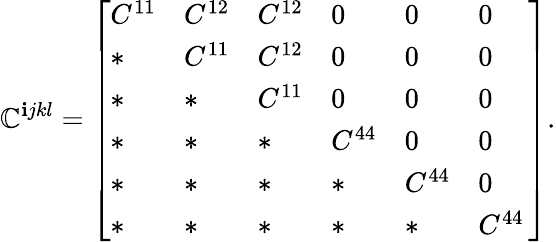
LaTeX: \mathbb{C}^{\mathbf{i}jkl}=\left[\begin{array}{llllll}{C^{11}}&{C^{12}}&{C^{12}}&{0}&{0}&{0}\\ {*}&{C^{11}}&{C^{12}}&{0}&{0}&{0}\\ {*}&{*}&{C^{11}}&{0}&{0}&{0}\\ {*}&{*}&{*}&{C^{44}}&{0}&{0}\\ {*}&{*}&{*}&{*}&{C^{44}}&{0}\\ {*}&{*}&{*}&{*}&{*}&{C^{44}\, }\end{array}\right].